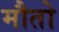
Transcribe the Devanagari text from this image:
मौतो